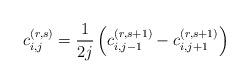
LaTeX: \begin{align*}c_{i,j}^{(r,s)}&=\dfrac{1}{2j}\left(c_{i,j-1}^{(r,s+1)}-c_{i,j+1}^{(r,s+1)}\right)\end{align*}